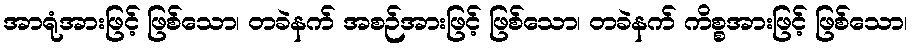
အာရုံအားဖြင့် ဖြစ်သော၊ တခဲနက် အစဉ်အားဖြင့် ဖြစ်သော၊ တခဲနက် ကိစ္စအားဖြင့် ဖြစ်သော၊